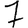
Digit: 7